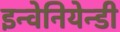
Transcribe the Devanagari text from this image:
इन्वेनियेन्डी